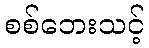
စစ်ဘေးသင့်